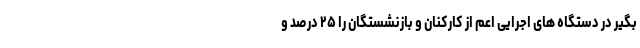
بگیر در دستگاه های اجرایی اعم از کارکنان و بازنشستگان را ۲۵ درصد و